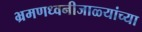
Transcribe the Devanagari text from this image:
भ्रमणध्वनीजाळ्यांच्या